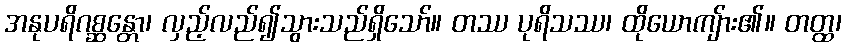
အနုပရိဂစ္ဆန္တော၊ လှည့်လည်၍သွားသည်ရှိသော်။ တဿ ပုရိသဿ၊ ထိုယောကျ်ား၏။ တတ္ထ၊